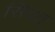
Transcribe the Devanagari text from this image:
सिदत्